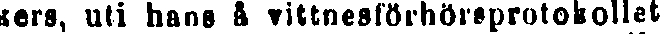
kers, uti hans å vittnesförhörsprotokollet